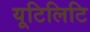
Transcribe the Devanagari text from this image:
यूटिलिटि